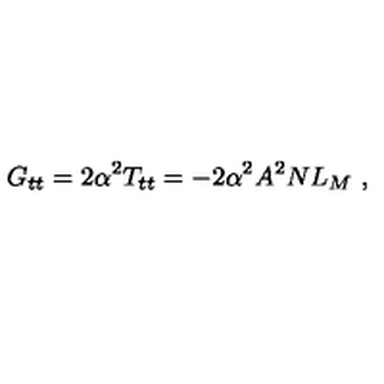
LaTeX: G _ { t t } = 2 \alpha ^ { 2 } T _ { t t } = - 2 \alpha ^ { 2 } A ^ { 2 } N L _ { M } \ ,